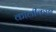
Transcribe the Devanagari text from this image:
कालीकछा